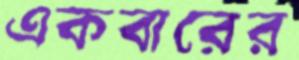
একবারের